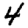
Digit: 4